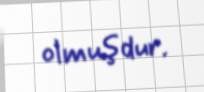
olmuşdur.